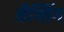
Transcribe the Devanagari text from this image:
नैग्लिंग